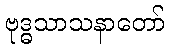
ဗုဒ္ဓသာသနာတော်